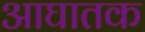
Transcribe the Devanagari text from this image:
आघातक